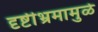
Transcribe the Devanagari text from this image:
दृष्टीभ्रमामुळे